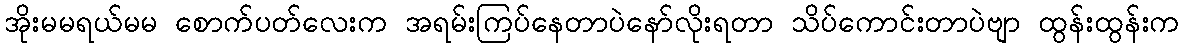
အိုးမမရယ်မမ စောက်ပတ်လေးက အရမ်းကြပ်နေတာပဲနော်လိုးရတာ သိပ်ကောင်းတာပဲဗျာ ထွန်းထွန်းက